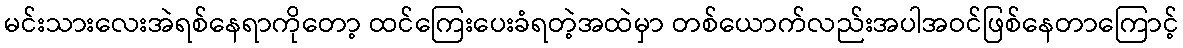
မင်းသားလေးအဲရစ်နေရာကိုတော့ ထင်ကြေးပေးခံရတဲ့အထဲမှာ တစ်ယောက်လည်းအပါအဝင်ဖြစ်နေတာကြောင့်